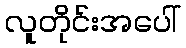
လူတိုင်းအပေါ်